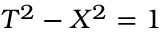
T ^ { 2 } - X ^ { 2 } = 1